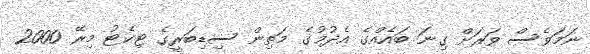
ނަމަވެސް ވަރަށް ގިނަ ބައެއްގެ އެދުމުގެ މަތިން ސިޑިބަރީގެ ޓިކެޓު މިރޭ 2000